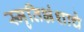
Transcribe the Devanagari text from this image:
स्मृतिभ्रंशाचे